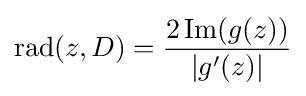
\operatorname {rad} (z,D)={\frac {2\operatorname {Im} (g(z))}{|g'(z)|}}